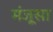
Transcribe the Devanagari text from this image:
मंजूसा